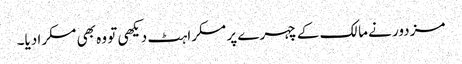
مزدور نے مالک کے چہرے پر مسکراہٹ دیکھی تو وہ بھی مسکرا دیا۔